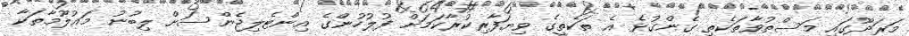
މަރަދޫގައި މަސްތުވާތަކެތި ގެންގުޅެ އެ ތަކެތީގެ ވިޔަފާރިކުރާކަމަށް ފުލުހުންގެ އިންޓެލިޖެންސަށް ލިބުނު މައުލޫމާތަކާ